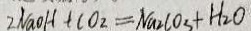
2 N a o H + C O _ { 2 } = N a _ { 2 } C O _ { 3 } + H _ { 2 } O